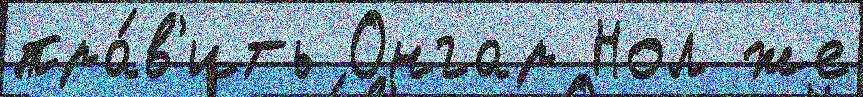
пра́в'ить Онгар Нол же